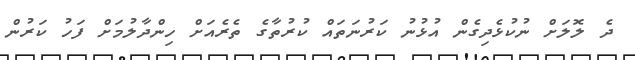
ދެ ލޮލަށް ނުކުޅެދިގެން އުޅުނު ކަރުނަތައް ކުރުތާގެ ތެރެއަށް ހިންދާލުމަށް ފަހު ކަރުން